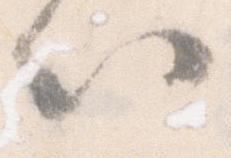
以